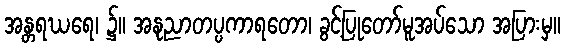
အန္တရဃရေ၊ ၌။ အနုညာတပ္ပကာရတော၊ ခွင့်ပြုတော်မူအပ်သော အပြားမှ။